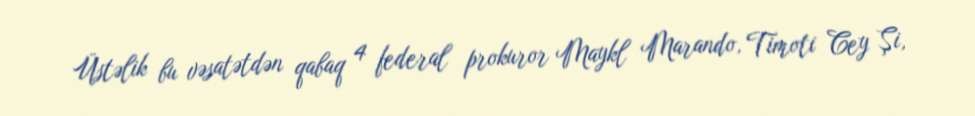
Üstəlik bu vəsatətdən qabaq 4 federal prokuror Maykl Marando, Timoti Cey Şi,